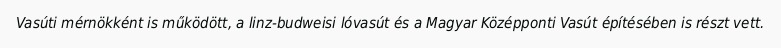
Vasúti mérnökként is működött, a linz-budweisi lóvasút és a Magyar Középponti Vasút építésében is részt vett.